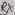
Text: RX